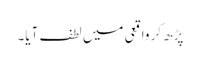
پڑھ کر واقعی میں لطف آیا۔